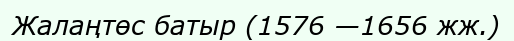
Жалаңтөс батыр (1576 —1656 жж.)